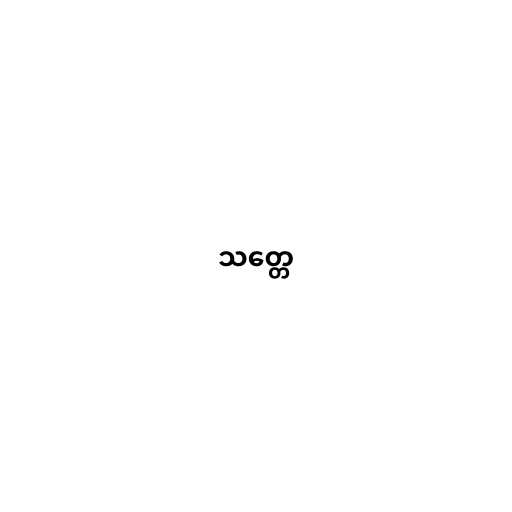
သတ္တေ